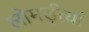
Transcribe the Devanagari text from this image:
लोमड़ीयां